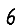
Digit: 6